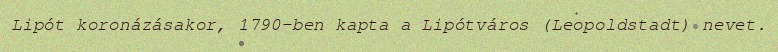
Lipót koronázásakor, 1790-ben kapta a Lipótváros (Leopoldstadt) nevet.